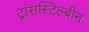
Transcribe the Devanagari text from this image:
ट्रांसस्टिल्बीन